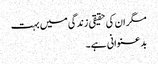
مگر ان کی حقیقی زندگی میں بہت
بد عنوانی ہے۔